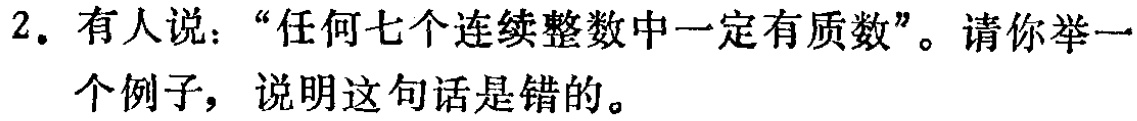
2. 有人说：“任何七个连续整数中一定有质数”。请你举一个例子，说明这句话是错的。